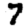
Digit: 7